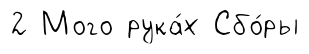
2 Мого рука́х Сбо́ры